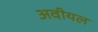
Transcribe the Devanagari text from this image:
अवीयल